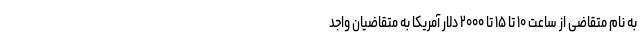
به نام متقاضی از ساعت ۱۰ تا ۱۵ تا ۲۰۰۰ دلار آمریکا به متقاضیان واجد